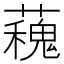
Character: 𧁩